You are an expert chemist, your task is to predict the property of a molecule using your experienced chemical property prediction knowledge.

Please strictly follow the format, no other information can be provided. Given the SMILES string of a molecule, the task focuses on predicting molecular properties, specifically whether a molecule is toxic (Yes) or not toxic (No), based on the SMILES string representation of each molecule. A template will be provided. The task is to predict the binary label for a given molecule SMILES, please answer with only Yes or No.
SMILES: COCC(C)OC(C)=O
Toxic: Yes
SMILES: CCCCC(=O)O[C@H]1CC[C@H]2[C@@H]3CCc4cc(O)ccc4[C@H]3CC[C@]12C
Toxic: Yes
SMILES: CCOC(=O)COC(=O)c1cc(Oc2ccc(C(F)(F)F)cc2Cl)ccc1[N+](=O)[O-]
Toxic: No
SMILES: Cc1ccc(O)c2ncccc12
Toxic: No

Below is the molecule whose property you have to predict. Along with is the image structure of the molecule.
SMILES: CCC#N
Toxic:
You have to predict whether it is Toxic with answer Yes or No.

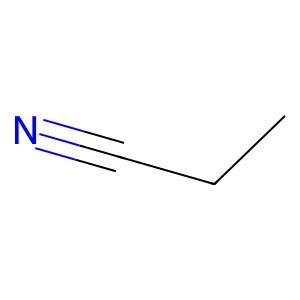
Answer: No